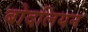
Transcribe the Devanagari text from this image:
बोदलियन